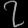
Digit: ၇